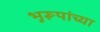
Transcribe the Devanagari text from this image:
भूरूपांच्या